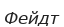
Фейдт